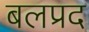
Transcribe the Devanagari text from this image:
बलप्रद